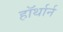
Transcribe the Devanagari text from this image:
हॉर्थार्न